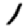
Digit: 1